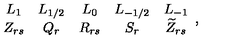
\begin{array} { c c c c c } { L _ { 1 } } & { L _ { 1 / 2 } } & { L _ { 0 } } & { L _ { - 1 / 2 } } & { L _ { - 1 } } \\ { Z _ { r s } } & { Q _ { r } } & { R _ { r s } } & { S _ { r } } & { \widetilde { Z } _ { r s } } \\ \end{array} ,